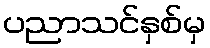
ပညာသင်နှစ်မှ